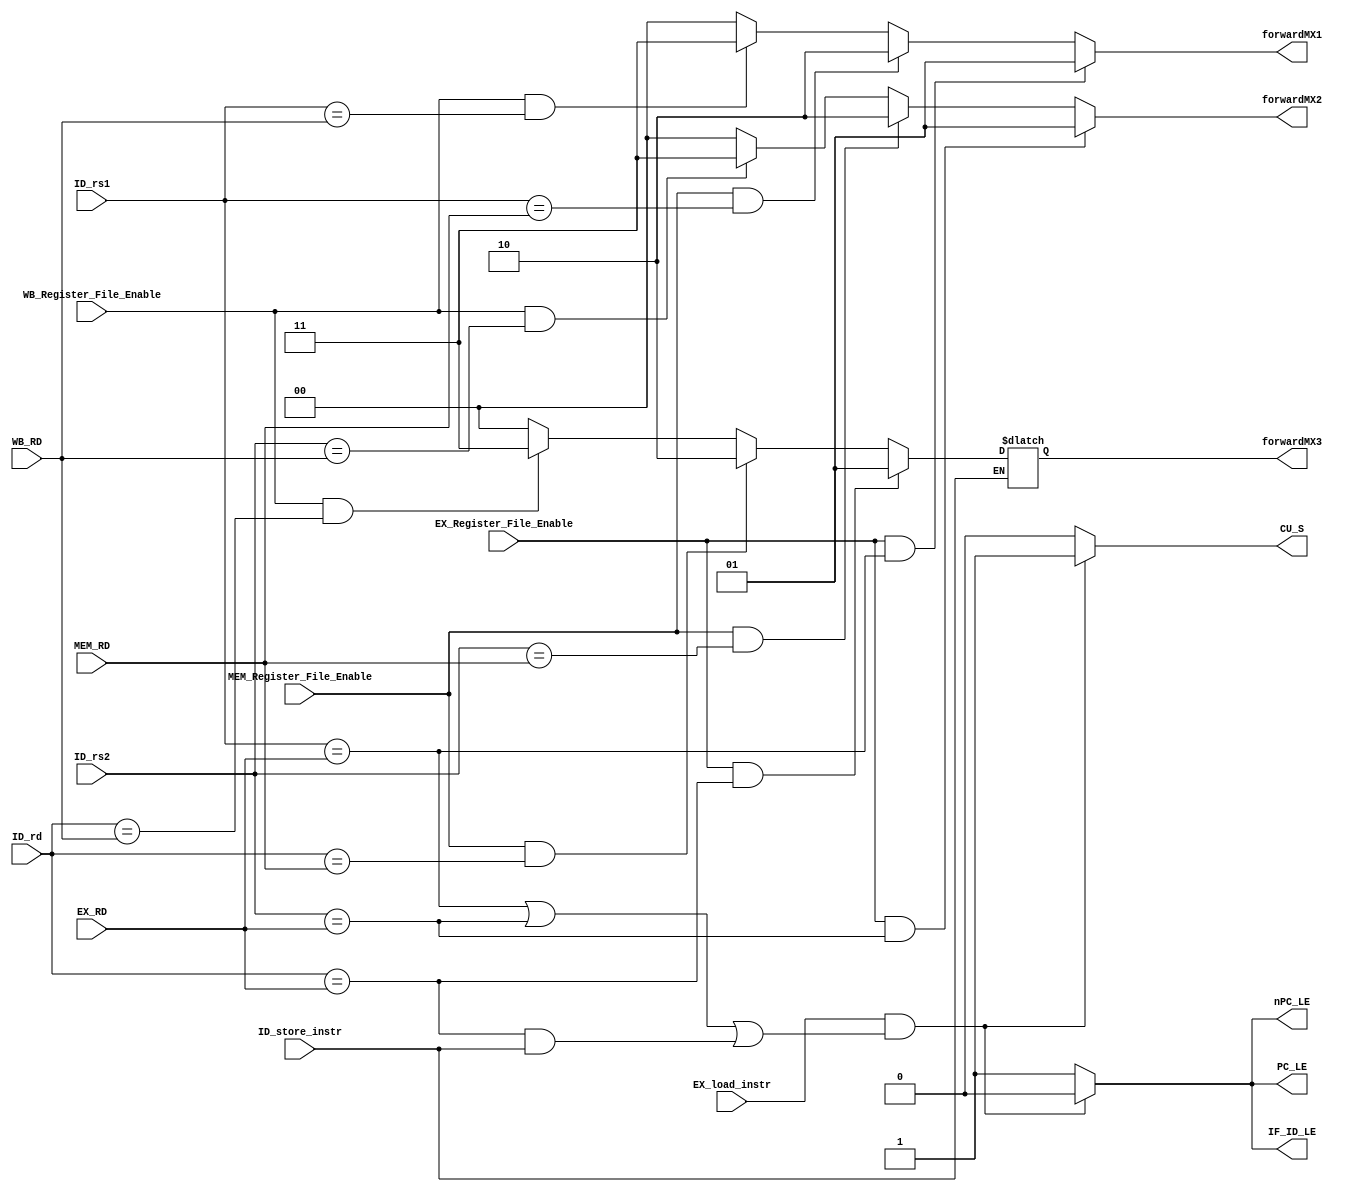
`timescale 1ns / 1ns

module hazard_forwarding_unit (
    output reg [1:0] forwardMX1,
    output reg [1:0] forwardMX2,
    output reg [1:0] forwardMX3,

    output reg nPC_LE,
    output reg PC_LE,
    output reg IF_ID_LE,

    output reg CU_S,

    input wire EX_Register_File_Enable,
    input wire MEM_Register_File_Enable,
    input wire WB_Register_File_Enable,

    input wire [4:0] EX_RD,
    input wire [4:0] MEM_RD,
    input wire [4:0] WB_RD,

    input wire [4:0] ID_rs1,
    input wire [4:0] ID_rs2,
    input wire [4:0] ID_rd,
    input wire EX_load_instr,
    input wire ID_store_instr
);

    always @* begin
 /**********************************************************************************DATA FORWARDING DETECTION & HANDLING***********************************************************************************/
        /*//FORWARDING PA (ID_mux1)\\\\*/
        if (EX_Register_File_Enable && (ID_rs1 == EX_RD))           // EX forwarding
            forwardMX1 <= 2'b01;   
        else if (MEM_Register_File_Enable && (ID_rs1 == MEM_RD))    // MEM forwarding
            forwardMX1 <= 2'b10; 
        else if (WB_Register_File_Enable && (ID_rs1 == WB_RD)) 
            forwardMX1 <= 2'b11; 
        else forwardMX1 <= 2'b00;                                   // Not forwarding (passing PA from the register file)

        /*//FORWARDING PB (ID_mux2)\\\\*/
        if (EX_Register_File_Enable && (ID_rs2 == EX_RD))           // EX forwarding
            forwardMX2 <= 2'b01; 
        else if (MEM_Register_File_Enable && (ID_rs2 == MEM_RD))    // MEM forwarding
            forwardMX2 <= 2'b10; 
        else if (WB_Register_File_Enable && (ID_rs2 == WB_RD))      // WB forwarding
            forwardMX2 <= 2'b11;                                    // Forwarding [HFU_WB_Rd] to ID
        else forwardMX2 <= 2'b00;                                   // Not forwarding (passing PB from the register file)

        /*//FORWARDING PC (ID_mux3)\\\\*/
        if (ID_store_instr) begin
            if (EX_Register_File_Enable && (ID_rd == EX_RD))        // EX forwarding
                forwardMX3 <= 2'b01; 
            else if (MEM_Register_File_Enable && (ID_rd == MEM_RD)) // MEM forwarding
                forwardMX3 <= 2'b10; 
            else if (WB_Register_File_Enable && (ID_rd == WB_RD))   // WB forwarding
                forwardMX3 <= 2'b11; 
            else forwardMX3 <= 2'b00;                               // Not forwarding (passing PB from the register file)
        end

        if (EX_load_instr && ((ID_rs1 == EX_RD) || (ID_rs2 == EX_RD) || (ID_rd == EX_RD) && ID_store_instr)) begin // Hazard asserted
            nPC_LE          <= 1'b0; // Disable Load Enable of the Next Program Counter (nPC)
            PC_LE           <= 1'b0; // Disable Load Enable of the Program Counter (PC)
            IF_ID_LE        <= 1'b0; // Disable IF/ID Pipeline Register from loading
            CU_S            <= 1'b1; // Forward Control Signals corresponding to a NOP instruction
        end else begin               // Hazard not asserted
            nPC_LE          <= 1'b1; // Program Counter is Load Enable
            PC_LE           <= 1'b1; // Next Program Counter is Load Enable
            IF_ID_LE        <= 1'b1; // IF/ID Pipeline Register is enabled
            CU_S            <= 1'b0; // Dont Forward Control Signals corresponding to a NOP instruction
        end
    end
endmodule